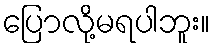
ပြောလို့မရပါဘူး။